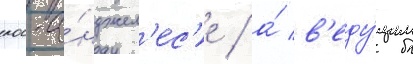
лос-а́нджел'ес'е / а́ в'еду́щим